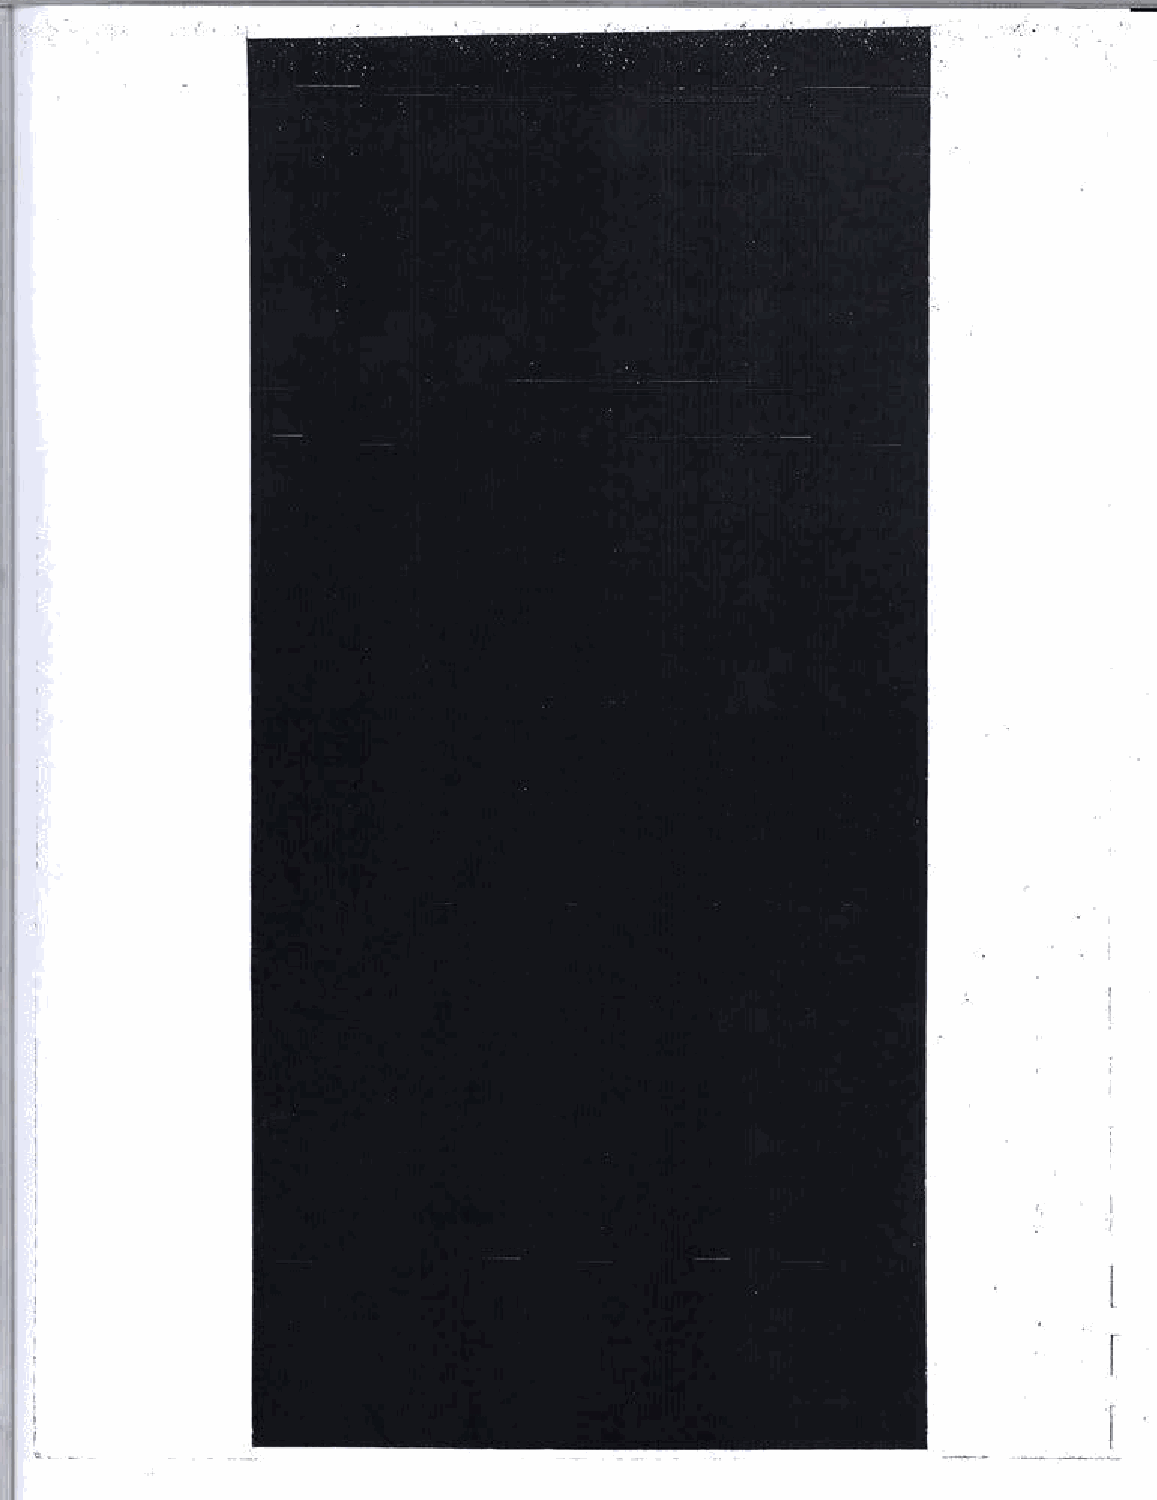
......
 '·
 l
 r
 ...                                                                    r